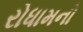
રોધામનો